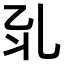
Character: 𠃡